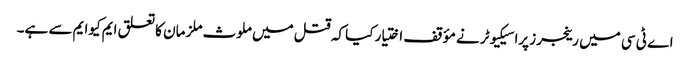
اے ٹی سی میں رینجرز پراسیکیوٹر نے مؤقف اختیار کیا کہ قتل میں ملوث ملزمان کا تعلق ایم کیوایم سے ہے۔